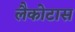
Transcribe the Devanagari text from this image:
लैकोटास